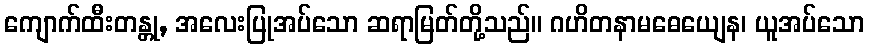
ကျောက်ထီးတန္တု, အလေးပြုအပ်သော ဆရာမြတ်တို့သည်။ ဂဟိတနာမဓေယျေန၊ ယူအပ်သော